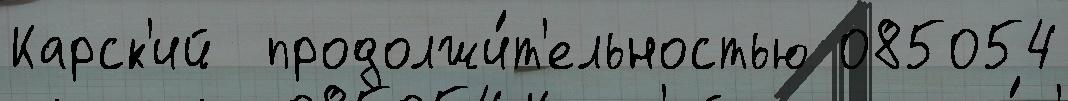
Карск'ий  продолжи́т'ельностью 085054